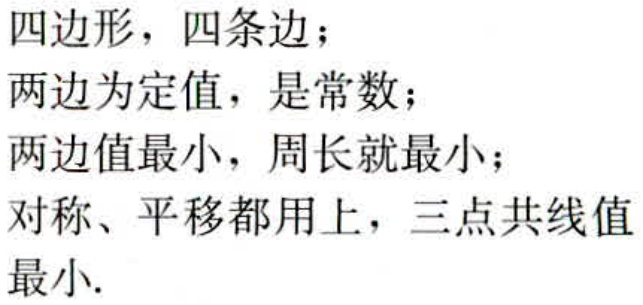
四边形，四条边；
两边为定值，是常数；
两边值最小，周长就最小；
对称、平移都用上，三点共线值最小.